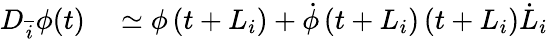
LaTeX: \begin{array}{rl}{{D}_{\overline{{i}}}\phi(t)}&{{}\simeq\phi\left({t}+{L}_{{i}}\right)+\dot{\phi}\left(t+L_{i}\right)\left(t+L_{i}\right)\dot{L}_{i}}\end{array}